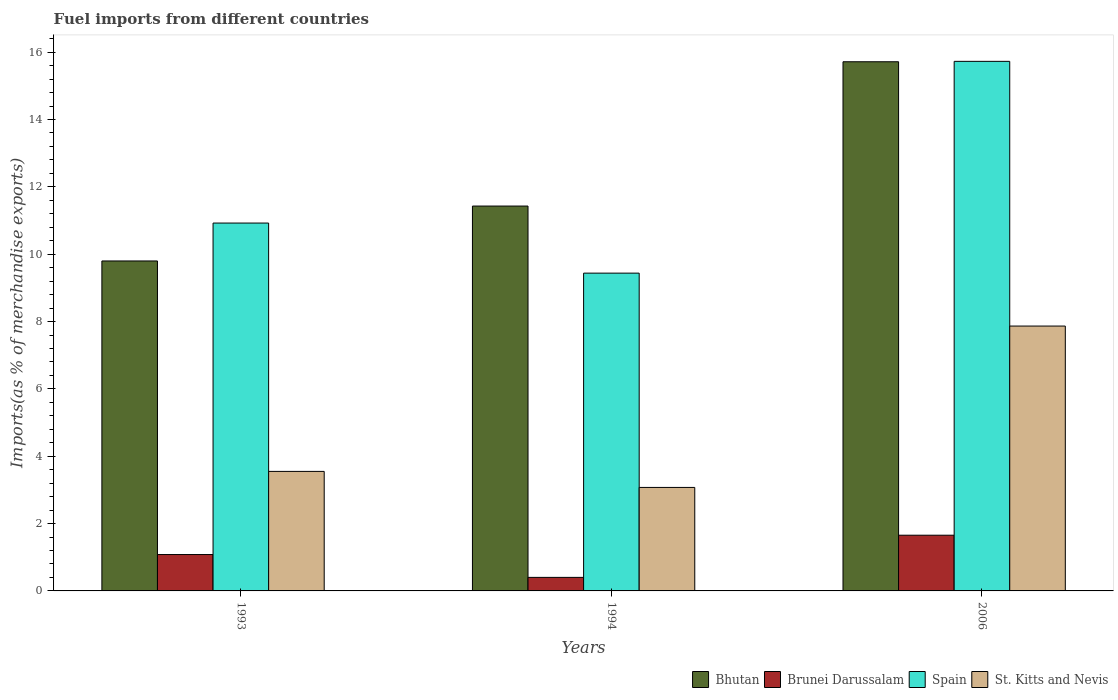
| Years | Bhutan | Brunei Darussalam | Spain | St. Kitts and Nevis |
 | --- | --- | --- | --- | --- |
 | 1993 | 9.8 | 1.08 | 10.9 | 3.55 |
 | 1994 | 11.4 | 0.402 | 9.44 | 3.07 |
 | 2006 | 15.7 | 1.65 | 15.7 | 7.87 |